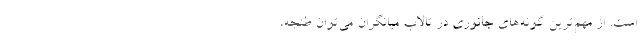
است. از مهم‌ترین گونه‌های جانوری در تالاب میانگران می‌توان طنجه،